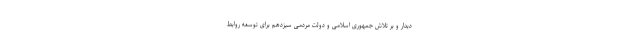
دیدار و بر تلاش جمهوری اسلامی و دولت مردمی سیزدهم برای توسعه روابط